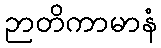
ဉာတိကာမာနံ